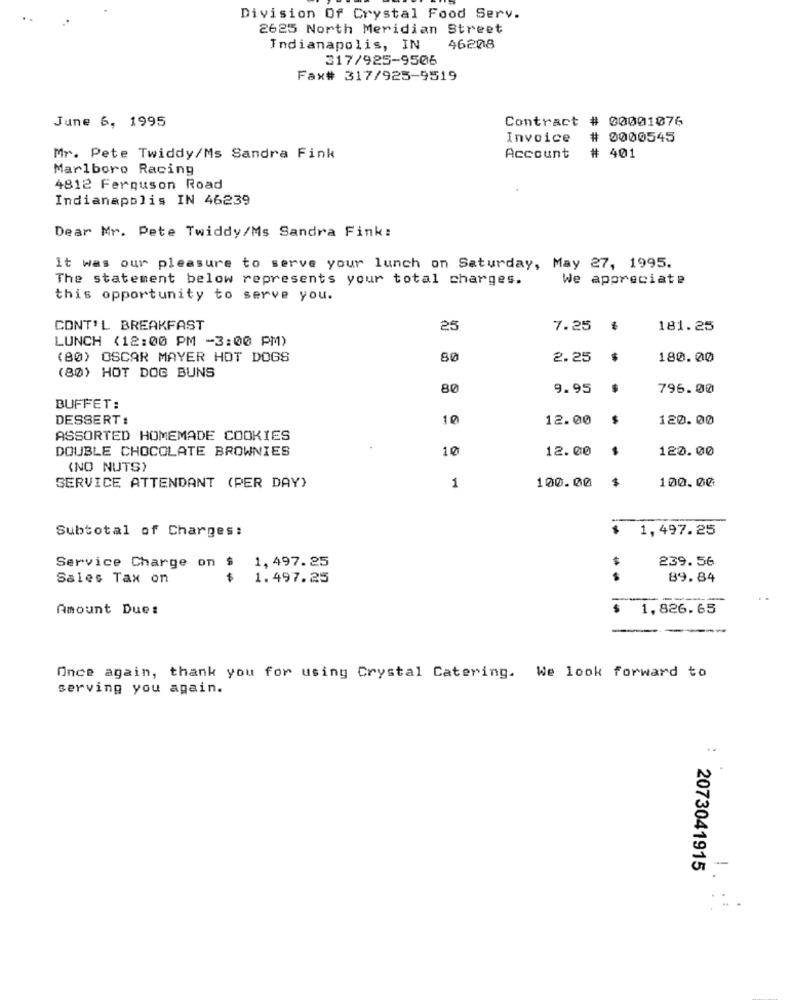
Division Of Crystal Food Serv.
2625 North Meridian Street
Indianapolis, IN
46208
317/925-9506
Fax# 317/925-9519
June 6, 1995
Contract # 00001076
Invoice
# 0000545
Mr. Pete Twiddy/Ms Sandra Fink
Account
# 401
Marlboro Racing
4812 Ferguson Road
Indianapolis IN 46239
Dear Mr. Pete Twiddy/Ms Sandra Fink:
It was our pleasure to serve your lunch on Saturday, May 27, 1995.
The statement below represents your total charges.
We appreciate
this opportunity to serve you.
CONT'L BREAKFAST
25
7.25
181.25
LUNCH (12:00 PM -3:00 PM)
(80) OSCAR MAYER HOT DOGS
80
2.25
$
180.00
(80) HOT DOG BUNS
80
9.95
796.00
BUFFET:
DESSERT:
10
12.00
120.00
ASSORTED HOMEMADE COOKIES
DOUBLE CHOCOLATE BROWNIES
10
12.00
120.00
(NO NUTS)
100.00
SERVICE ATTENDANT (PER DAY)
1
100.00
$
Subtotal of Charges:
1,497.25
239.56
Service Charge on $ 1,497.25
Sales Tax on
$
1.497.25
89.84
Amount Due:
$
1,826.65
Once again, thank you for using Crystal Catering. We look forward to
serving you again.
-
2073041915